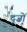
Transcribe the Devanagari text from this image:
दूज़ों